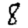
Digit: 8